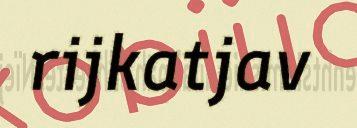
rijkatjav